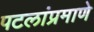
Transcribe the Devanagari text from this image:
पटलांप्रमाणे